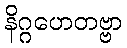
နိဂ္ဂဟေတဗ္ဗာ